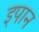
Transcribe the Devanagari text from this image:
इपान